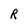
Character: R